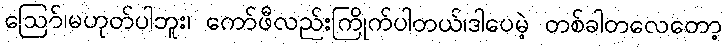
ဪ၊မဟုတ်ပါဘူး၊ ကော်ဖီလည်းကြိုက်ပါတယ်၊ဒါပေမဲ့ တစ်ခါတလေတော့